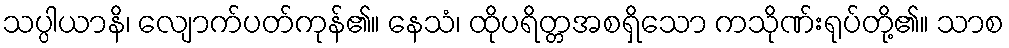
သပ္ပါယာနိ၊ လျောက်ပတ်ကုန်၏။ နေသံ၊ ထိုပရိတ္တအစရှိသော ကသိုဏ်းရုပ်တို့၏။ သာစ